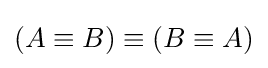
(A\equiv B)\equiv (B\equiv A)